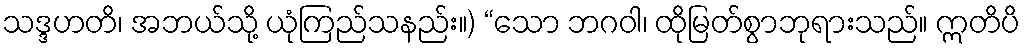
သဒ္ဒဟတိ၊ အဘယ်သို့ ယုံကြည်သနည်း။) “သော ဘဂဝါ၊ ထိုမြတ်စွာဘုရားသည်။ ဣတိပိ